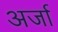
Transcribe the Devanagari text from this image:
अर्जा